Report on horse surra - Volume I
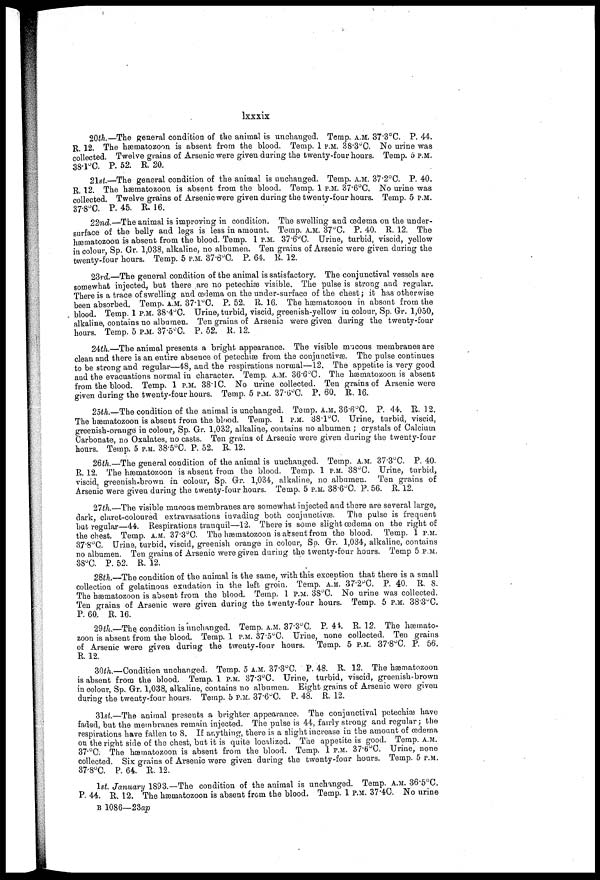
lxxxix
20th.—The general condition of the animal is unchanged. Temp. A.M. 37.3°C. P. 44.
R. 12. The hæmatozoon is absent from the blood. Temp. 1 P.M. 38.3°C. NO urine was
collected. Twelve grains of Arsenic were given during the twenty-four hours. Temp. 6 P.M.
38.l°C. P. 52. R. 20.
21st.—The general condition of the animal is unchanged. Temp. A.M. 37.2°C. P. 40.
R. 12. The hæmatozoon is absent from the blood. Temp. 1 P.M. 37.6°C, No urine was
collected. Twelve grains of Arsenic were given during the twenty-four hours. Temp. 5 P.M.
37.8°C. P. 45. R. 16.
22nd.—The animal is improving in condition. The swelling and œdema on the under -
surface of the belly and legs is less in amount. Temp. A.M. 37°C. P. 40. R. 12. The
hæmatozoon is absent from the blood. Temp. 1 P.M. 37.6°C. Urine, turbid, viscid, yellow
in colour, Sp. Gr. 1,038, alkaline, no albumen. Ten grains of Arsenic were given during the
twenty-four hours. Temp. 5 P.M. 37.6°C. P. 64. R. 12.
23rd—The general condition of the animal is satisfactory. The conjunctival vessels are
somewhat injected, but there are no petechiæ visible. The pulse is strong and regular.
There is a trace of swelling and œdema on the under-surface of the chest; it has otherwise
been absorbed. Temp. A.M. 37.l°C. P, 52. R. 16. The hæmatozoon in absent from the
blood. Temp. 1 P.M. 38.4°C. Urine, turbid, viscid, greenish-yellow in colour, Sp. Gr. 1,050,
alkaline, contains no albumen. Ten grains of Arsenic were given during the twenty-four
hours. Temp. 5 P.M. 37.5°C. P. 52. R. 12.
24th.—The animal presents a bright appearance. The visible mucous membranes are
clean and there is an entire absence of petechiæ from the conjunctivae. The pulse continues
to be strong and regular—48, and the respirations normal—12. The appetite is very good
and the evacuations normal in character. Temp. A.M. 86.6°C. The hæmatozoon is absent
from the blood. Temp. 1 P.M. 38. 1C. No urine collected. Ten grains of Arsenic were
given during the twenty-four hours. Temp. 5 P.M. 37.6°C. P. 60. R. 16.
25th.—The condition of the animal is unchanged. Temp. A.M. 36.6°C. P. 44. R. 12.
The hæmatozoon is absent from the blood. Temp. 1 P.M. 38.1°G. Urine, turbid, viscid,
greenish-orange in colour, Sp. Gr. 1,032, alkaline, contains no albumen ; crystals of Calcium
Carbonate, no Oxalates, no casts. Ten grains of Arsenic were given during the twenty-four
hours. Temp. 5 P.M. 38.5°C. P. 52. R. 12.
26th.—The general condition of the animal is unchanged. Temp. A.M. 37 . 3°C. P. 40.
R. 12. The hæmatozoon is absent from the blood. Temp. 1 P.M. 38°C. Urine, turbid,
viscid, greenish-brown in colour, Sp. Gr. 1,034, alkaline, no albumen. Ten grains of
Arsenic were given during the twenty-four hours. Temp. 5 P.M. 38.6°C. P. 56. R. 12.
27th.—The visible mucous membranes are somewhat injected and there are several large,
dark, claret-coloured extravasations invading both conjunctivae.
The pulse is frequent
but regular—44. Respirations tranquil—12. There is some slight œdema on the right of
the chest. Temp. A.M. 37.3°C. The hæmatozoon is absent from, the blood. Temp. 1 P.M.
37.8°C
Urine, turbid, viscid, greenish orange in colour, Sp. Gr. 1,034, alkaline, contains
no albumen. Ten grains of Arsenic were given during the twenty-four hours. Temp 5 P.M.
38°C. P. 52.
R. 12.
28th.—The condition of the animal is the same, with this exception that there is a small
collection of gelatinous exudation in the left groin. Temp. A.M. 37.2°C. P. 40. R. 8.
The hæmatozoon is absent from the blood. Temp, 1 P.M. 38°C. NO urine was collected.
Ten grains of Arsenic were given during the twenty-four hours. Temp. 5 P.M. 38.3°C.
P. 60, R, 16.
29th.—The. condition is unchanged. Temp. A.M. 37.3°C. P. 41. R. 12. The hæmato-
zoon is absent from the blood. Temp. 1 P.M. 37.5°C. Urine, none collected. Ten grains
of Arsenic were given during the twenty-four hours. Temp. 5 P.M. 37.8°C. P. 56.
R. 12.
30th—Condition unchanged. Temp. 5 A.M. 37.3°C. P. 48. R. 12. The hæatozoon
is absent from the blood. Temp. 1 P.M. 87.3°C. Urine, turbid, viscid, greenish-brown
in colour, Sp. Gr. 1,038., alkaline, contains no albumen. Eight grains of Arsenic were given
during the twenty-four hours. Temp. 5 P.M. 37.6°C. P. 48. R. 12.
31st.—The animal presents a brighter appearance. The conjunctival petechiæ have
faded, but the membranes remain injected. The pulse is 44, fairly strong and regular; the
respirations have fallen to 8. If anything, there is a slight increase in the amount of œdema
on the right side of the chest, but it is quite localized. The appetite is good. Temp. A.M.
37.°C. The hæmatozoon is absent from the blood. Temp. 1 P.M. 37.6°C. Urine, none
collected. Six grains of Arsenic were given during the twenty-four hours. Temp. 5 P.M.
37.8°C. P. 64. R. 12.
1st January 1893.—The condition of the animal is unchanged. Temp. A.M. 36.5°C.
P. 44. R. 12. 'The hæmatozoon is absent from the blood. Temp. 1 P.M. 37.40. No urine
B 1086—23 ap